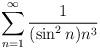
LaTeX: \begin{align*}\sum \limits_{n=1}^{\infty}\frac{1}{(\sin^2n) n^3}\end{align*}